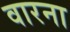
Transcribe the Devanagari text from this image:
वारना